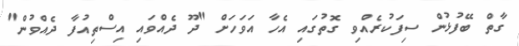
ގާތް ބޭފުޅުން ސިފަކުރެއްވި ގޮތުގައި އެހާ އަވަހަށް "ދޫ ދެއްވައި އިސްތިއުފާ ދެއްވުން"